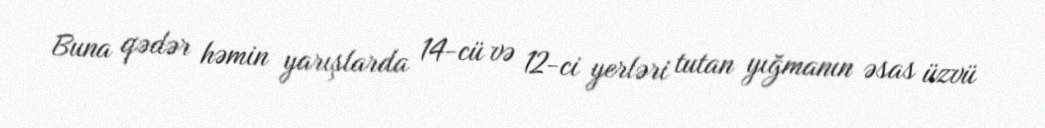
Buna qədər həmin yarışlarda 14-cü və 12-ci yerləri tutan yığmanın əsas üzvü